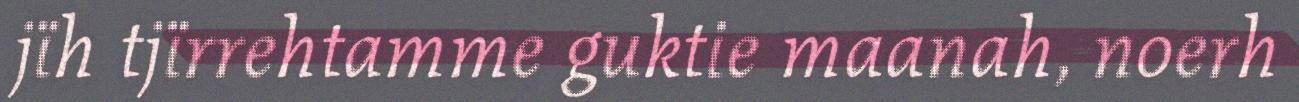
jïh tjïrrehtamme guktie maanah, noerh